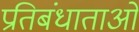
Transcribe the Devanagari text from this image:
प्रतिबंधाताओ